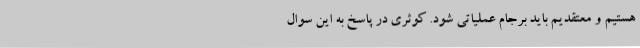
هستیم و معتقدیم باید برجام عملیاتی شود. کوثری در پاسخ به این سوال